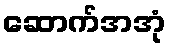
ဆောက်အအုံ